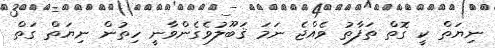
ނިޔަތް ކީ ގޮތް ތަފާތު ވެއްޖެ ނަމަ ޤަބޫލުވެގެންވާނީ ހިތުން ނިޔަތް ގަތް